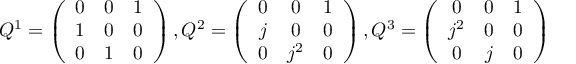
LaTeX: Q ^ { 1 } = \left( \begin{array} { c c c } { { 0 } } & { { 0 } } & { { 1 } } \\ { { 1 } } & { { 0 } } & { { 0 } } \\ { { 0 } } & { { 1 } } & { { 0 } } \end{array} \right) , Q ^ { 2 } = \left( \begin{array} { c c c } { { 0 } } & { { 0 } } & { { 1 } } \\ { { j } } & { { 0 } } & { { 0 } } \\ { { 0 } } & { { j ^ { 2 } } } & { { 0 } } \end{array} \right) , Q ^ { 3 } = \left( \begin{array} { c c c } { { 0 } } & { { 0 } } & { { 1 } } \\ { { j ^ { 2 } } } & { { 0 } } & { { 0 } } \\ { { 0 } } & { { j } } & { { 0 } } \end{array} \right)